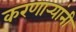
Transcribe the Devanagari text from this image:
करणार्‍यांनी